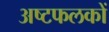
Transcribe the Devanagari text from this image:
अष्टफलकों